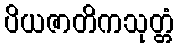
ပိယဇာတိကသုတ္တံ